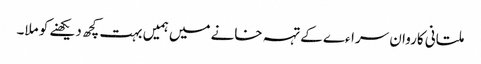
ملتانی کاروان سراءے کے تہہ خانے میں ہمیں بہت کچھ دیکھنے کو ملا۔